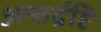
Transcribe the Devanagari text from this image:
अन्तर्द्रष्टि